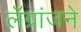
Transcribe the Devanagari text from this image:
लॅग्रांजने